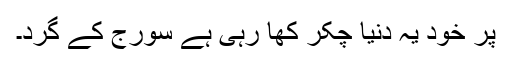
پر خود یہ دنیا چکّر کھا رہی ہے سورج کے گرد۔